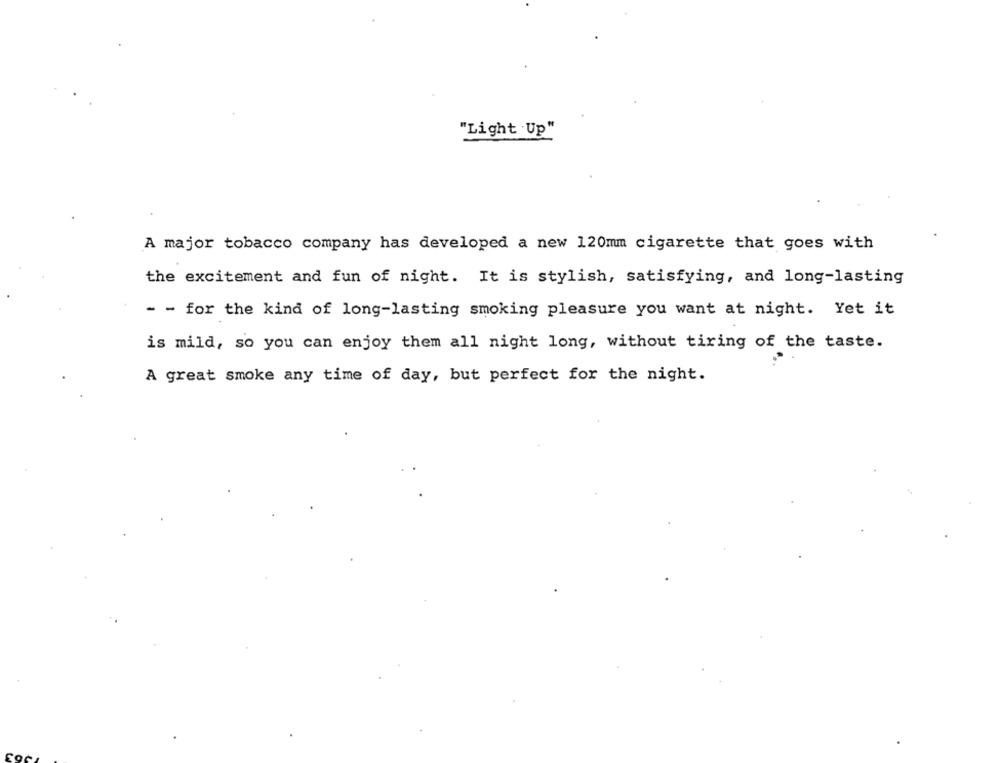
"Light Up"
A major tobacco company has developed a new 120mm cigarette that goes with
the excitement and fun of night. It is stylish, satisfying, and long-lasting
- - for the kind of long-lasting smoking pleasure you want at night. Yet it
is mild, so you can enjoy them all night long, without tiring of the taste.
A great smoke any time of day, but perfect for the night.